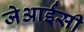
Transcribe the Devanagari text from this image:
जेआईसी